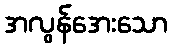
အလွန်အေးသော